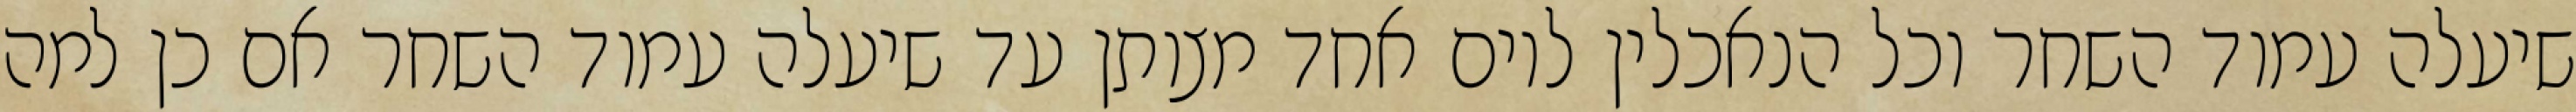
שיעלה עמוד השחר וכל הנאכלין ליום אחד מצותן עד שיעלה עמוד השחר אם כן למה